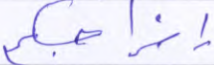
إخراجكم